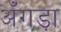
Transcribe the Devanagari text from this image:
अँगड़ा